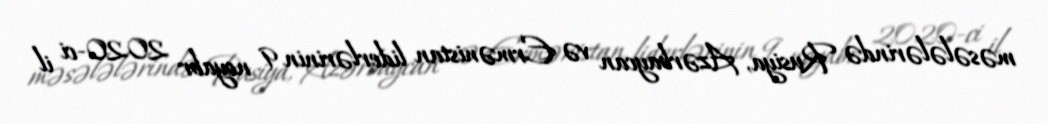
məsələlərində Rusiya, Azərbaycan və Ermənistan liderlərinin 9 noyabr 2020-ci il